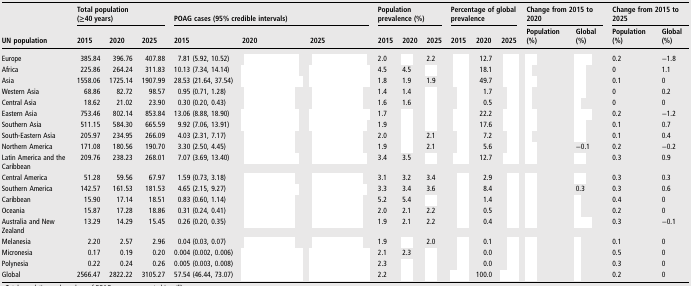
<table><thead><tr><td rowspan="2"><b>UN population</b></td><td colspan="3"><b>Total population (≥40 years)</b></td><td colspan="3"><b>POAG cases (95% credible intervals)</b></td><td colspan="3"><b>Population prevalence (%)</b></td><td colspan="3"><b>Percentage of global prevalence</b></td><td colspan="2"><b>Change from 2015 to 2020</b></td><td colspan="2"><b>Change from 2015 to 2025</b></td></tr><tr><td><b>2015</b></td><td><b>2020</b></td><td><b>2025</b></td><td><b>2015</b></td><td><b>2020</b></td><td><b>2025</b></td><td><b>2015</b></td><td><b>2020</b></td><td><b>2025</b></td><td><b>2015</b></td><td><b>2020</b></td><td><b>2025</b></td><td><b>Population (%)</b></td><td><b>Global (%)</b></td><td><b>Population (%)</b></td><td><b>Global (%)</b></td></tr></thead><tbody><tr><td>Europe</td><td>385.84</td><td>396.76</td><td>407.88</td><td>7.81 (5.92, 10.52)</td><td>[EMPTY_CELL]</td><td>[EMPTY_CELL]</td><td>2.0</td><td>[EMPTY_CELL]</td><td>2.2</td><td>[EMPTY_CELL]</td><td>12.7</td><td>[EMPTY_CELL]</td><td>[EMPTY_CELL]</td><td>[EMPTY_CELL]</td><td>0.2</td><td>−1.8</td></tr><tr><td>Africa</td><td>225.86</td><td>264.24</td><td>311.83</td><td>10.13 (7.34, 14.14)</td><td>[EMPTY_CELL]</td><td>[EMPTY_CELL]</td><td>4.5</td><td>4.5</td><td>[EMPTY_CELL]</td><td>[EMPTY_CELL]</td><td>18.1</td><td>[EMPTY_CELL]</td><td>[EMPTY_CELL]</td><td>[EMPTY_CELL]</td><td>0</td><td>1.1</td></tr><tr><td>Asia</td><td>1558.06</td><td>1725.14</td><td>1907.99</td><td>28.53 (21.64, 37.54)</td><td>[EMPTY_CELL]</td><td>[EMPTY_CELL]</td><td>1.8</td><td>1.9</td><td>1.9</td><td>[EMPTY_CELL]</td><td>49.7</td><td>[EMPTY_CELL]</td><td>[EMPTY_CELL]</td><td>[EMPTY_CELL]</td><td>0.1</td><td>0</td></tr><tr><td>Western Asia</td><td>68.86</td><td>82.72</td><td>98.57</td><td>0.95 (0.71, 1.28)</td><td>[EMPTY_CELL]</td><td>[EMPTY_CELL]</td><td>1.4</td><td>1.4</td><td>[EMPTY_CELL]</td><td>[EMPTY_CELL]</td><td>1.7</td><td>[EMPTY_CELL]</td><td>[EMPTY_CELL]</td><td>[EMPTY_CELL]</td><td>0</td><td>0.2</td></tr><tr><td>Central Asia</td><td>18.62</td><td>21.02</td><td>23.90</td><td>0.30 (0.20, 0.43)</td><td>[EMPTY_CELL]</td><td>[EMPTY_CELL]</td><td>1.6</td><td>1.6</td><td>[EMPTY_CELL]</td><td>[EMPTY_CELL]</td><td>0.5</td><td>[EMPTY_CELL]</td><td>[EMPTY_CELL]</td><td>[EMPTY_CELL]</td><td>0</td><td>0</td></tr><tr><td>Eastern Asia</td><td>753.46</td><td>802.14</td><td>853.84</td><td>13.06 (8.88, 18.90)</td><td>[EMPTY_CELL]</td><td>[EMPTY_CELL]</td><td>1.7</td><td>[EMPTY_CELL]</td><td>[EMPTY_CELL]</td><td>[EMPTY_CELL]</td><td>22.2</td><td>[EMPTY_CELL]</td><td>[EMPTY_CELL]</td><td>[EMPTY_CELL]</td><td>0.2</td><td>−1.2</td></tr><tr><td>Southern Asia</td><td>511.15</td><td>584.30</td><td>665.59</td><td>9.92 (7.06, 13.91)</td><td>[EMPTY_CELL]</td><td>[EMPTY_CELL]</td><td>1.9</td><td>[EMPTY_CELL]</td><td>[EMPTY_CELL]</td><td>[EMPTY_CELL]</td><td>17.6</td><td>[EMPTY_CELL]</td><td>[EMPTY_CELL]</td><td>[EMPTY_CELL]</td><td>0.1</td><td>0.7</td></tr><tr><td>South-Eastern Asia</td><td>205.97</td><td>234.95</td><td>266.09</td><td>4.03 (2.31, 7.17)</td><td>[EMPTY_CELL]</td><td>[EMPTY_CELL]</td><td>2.0</td><td>[EMPTY_CELL]</td><td>2.1</td><td>[EMPTY_CELL]</td><td>7.2</td><td>[EMPTY_CELL]</td><td>[EMPTY_CELL]</td><td>[EMPTY_CELL]</td><td>0.1</td><td>0.4</td></tr><tr><td>Northern America</td><td>171.08</td><td>180.56</td><td>190.70</td><td>3.30 (2.50, 4.45)</td><td>[EMPTY_CELL]</td><td>[EMPTY_CELL]</td><td>1.9</td><td>[EMPTY_CELL]</td><td>2.1</td><td>[EMPTY_CELL]</td><td>5.6</td><td>[EMPTY_CELL]</td><td>[EMPTY_CELL]</td><td>−0.1</td><td>0.2</td><td>−0.2</td></tr><tr><td>Latin America and the Caribbean</td><td>209.76</td><td>238.23</td><td>268.01</td><td>7.07 (3.69, 13.40)</td><td>[EMPTY_CELL]</td><td>[EMPTY_CELL]</td><td>3.4</td><td>3.5</td><td>[EMPTY_CELL]</td><td>[EMPTY_CELL]</td><td>12.7</td><td>[EMPTY_CELL]</td><td>[EMPTY_CELL]</td><td>[EMPTY_CELL]</td><td>0.3</td><td>0.9</td></tr><tr><td>Central America</td><td>51.28</td><td>59.56</td><td>67.97</td><td>1.59 (0.73, 3.18)</td><td>[EMPTY_CELL]</td><td>[EMPTY_CELL]</td><td>3.1</td><td>3.2</td><td>3.4</td><td>[EMPTY_CELL]</td><td>2.9</td><td>[EMPTY_CELL]</td><td>[EMPTY_CELL]</td><td>[EMPTY_CELL]</td><td>0.3</td><td>0.3</td></tr><tr><td>Southern America</td><td>142.57</td><td>161.53</td><td>181.53</td><td>4.65 (2.15, 9.27)</td><td>[EMPTY_CELL]</td><td>[EMPTY_CELL]</td><td>3.3</td><td>3.4</td><td>3.6</td><td>[EMPTY_CELL]</td><td>8.4</td><td>[EMPTY_CELL]</td><td>[EMPTY_CELL]</td><td>0.3</td><td>0.3</td><td>0.6</td></tr><tr><td>Caribbean</td><td>15.90</td><td>17.14</td><td>18.51</td><td>0.83 (0.60, 1.14)</td><td>[EMPTY_CELL]</td><td>[EMPTY_CELL]</td><td>5.2</td><td>5.4</td><td>[EMPTY_CELL]</td><td>[EMPTY_CELL]</td><td>1.4</td><td>[EMPTY_CELL]</td><td>[EMPTY_CELL]</td><td>[EMPTY_CELL]</td><td>0.4</td><td>0</td></tr><tr><td>Oceania</td><td>15.87</td><td>17.28</td><td>18.86</td><td>0.31 (0.24, 0.41)</td><td>[EMPTY_CELL]</td><td>[EMPTY_CELL]</td><td>2.0</td><td>2.1</td><td>2.2</td><td>[EMPTY_CELL]</td><td>0.5</td><td>[EMPTY_CELL]</td><td>[EMPTY_CELL]</td><td>[EMPTY_CELL]</td><td>0.2</td><td>0</td></tr><tr><td>Australia and New Zealand</td><td>13.29</td><td>14.29</td><td>15.45</td><td>0.26 (0.20, 0.35)</td><td>[EMPTY_CELL]</td><td>[EMPTY_CELL]</td><td>1.9</td><td>2.1</td><td>2.2</td><td>[EMPTY_CELL]</td><td>0.4</td><td>[EMPTY_CELL]</td><td>[EMPTY_CELL]</td><td>[EMPTY_CELL]</td><td>0.3</td><td>−0.1</td></tr><tr><td>Melanesia</td><td>2.20</td><td>2.57</td><td>2.96</td><td>0.04 (0.03, 0.07)</td><td>[EMPTY_CELL]</td><td>[EMPTY_CELL]</td><td>1.9</td><td>[EMPTY_CELL]</td><td>2.0</td><td>[EMPTY_CELL]</td><td>0.1</td><td>[EMPTY_CELL]</td><td>[EMPTY_CELL]</td><td>[EMPTY_CELL]</td><td>0.1</td><td>0</td></tr><tr><td>Micronesia</td><td>0.17</td><td>0.19</td><td>0.20</td><td>0.004 (0.002, 0.006)</td><td>[EMPTY_CELL]</td><td>[EMPTY_CELL]</td><td>2.1</td><td>2.3</td><td>[EMPTY_CELL]</td><td>[EMPTY_CELL]</td><td>0.0</td><td>[EMPTY_CELL]</td><td>[EMPTY_CELL]</td><td>[EMPTY_CELL]</td><td>0.5</td><td>0</td></tr><tr><td>Polynesia</td><td>0.22</td><td>0.24</td><td>0.26</td><td>0.005 (0.003, 0.008)</td><td>[EMPTY_CELL]</td><td>[EMPTY_CELL]</td><td>2.3</td><td>[EMPTY_CELL]</td><td>[EMPTY_CELL]</td><td>[EMPTY_CELL]</td><td>0.0</td><td>[EMPTY_CELL]</td><td>[EMPTY_CELL]</td><td>[EMPTY_CELL]</td><td>0.3</td><td>0</td></tr><tr><td>Global</td><td>2566.47</td><td>2822.22</td><td>3105.27</td><td>57.54 (46.44, 73.07)</td><td>[EMPTY_CELL]</td><td>[EMPTY_CELL]</td><td>2.2</td><td>[EMPTY_CELL]</td><td>[EMPTY_CELL]</td><td>[EMPTY_CELL]</td><td>100.0</td><td>[EMPTY_CELL]</td><td>[EMPTY_CELL]</td><td>[EMPTY_CELL]</td><td>0.2</td><td>0</td></tr></tbody></table>